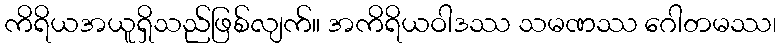
ကိရိယအယူရှိသည်ဖြစ်လျက်။ အကိရိယဝါဒဿ သမဏဿ ဂေါတမဿ၊